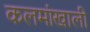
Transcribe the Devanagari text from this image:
कलमांखाली